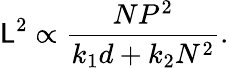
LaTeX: \mathsf{L}^{2}\propto\frac{{NP^{2}}}{{k_{1}d+k_{2}N^{2}}}.